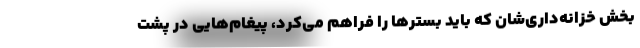
بخش خزانه‌داری‌شان که باید بسترها را فراهم می‌کرد، پیغام‌هایی در پشت